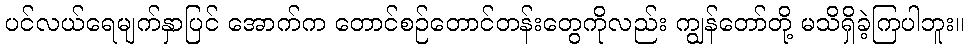
ပင်လယ်ရေမျက်နှာပြင် အောက်က တောင်စဉ်တောင်တန်းတွေကိုလည်း ကျွန်တော်တို့ မသိရှိခဲ့ကြပါဘူး။